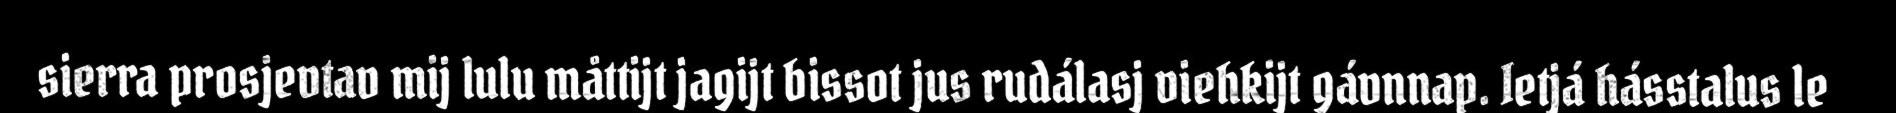
sierra prosjevtav mij lulu måttijt jagijt bissot jus rudálasj viehkijt gávnnap. Ietjá hásstalus le